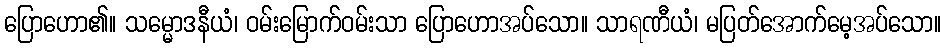
ပြောဟော၏။ သမ္မောဒနီယံ၊ ဝမ်းမြောက်ဝမ်းသာ ပြောဟောအပ်သော။ သာရဏီယံ၊ မပြတ်အောက်မေ့အပ်သော။